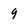
Character: 9